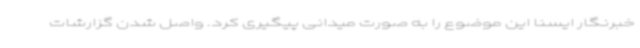
خبرنگار ایسنا این موضوع را به صورت میدانی پیگیری کرد. واصل شدن گزارشات